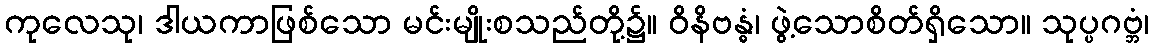
ကုလေသု၊ ဒါယကာဖြစ်သော မင်းမျိုးစသည်တို့၌။ ဝိနိဗန္ဓံ၊ ဖွဲ့သောစိတ်ရှိသော။ သုပ္ပဂဗ္ဘံ၊